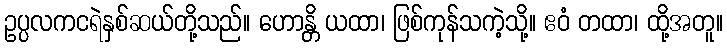
ဥပ္ပလကငရဲနှစ်ဆယ်တို့သည်။ ဟောန္တိ ယထာ၊ ဖြစ်ကုန်သကဲ့သို့။ ဧဝံ တထာ၊ ထို့အတူ။